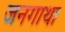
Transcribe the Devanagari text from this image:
जनगाथा